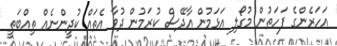
އަހަރެންގެ ފަހަތުން މުގޯލި އަޅަމުން އާދޭސް ކުރަމުން ދުވާ އެތައް ކުދީންނެއް ތިއްބަތީ